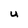
Character: u